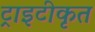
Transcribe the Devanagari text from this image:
ट्राइटीकृत